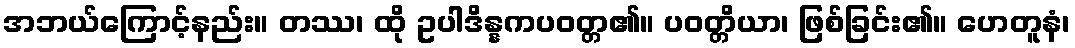
အဘယ်ကြောင့်နည်း။ တဿ၊ ထို ဥပါဒိန္နကပဝတ္တ၏။ ပဝတ္တိယာ၊ ဖြစ်ခြင်း၏။ ဟေတူနံ၊